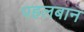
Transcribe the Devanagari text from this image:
पहलबान